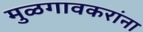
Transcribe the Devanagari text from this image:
मुळगावकरांना